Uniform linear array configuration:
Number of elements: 32
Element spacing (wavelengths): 0.75
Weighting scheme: hamming
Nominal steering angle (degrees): -15
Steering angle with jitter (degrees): -13.898
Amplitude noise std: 0.05
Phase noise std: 0.05

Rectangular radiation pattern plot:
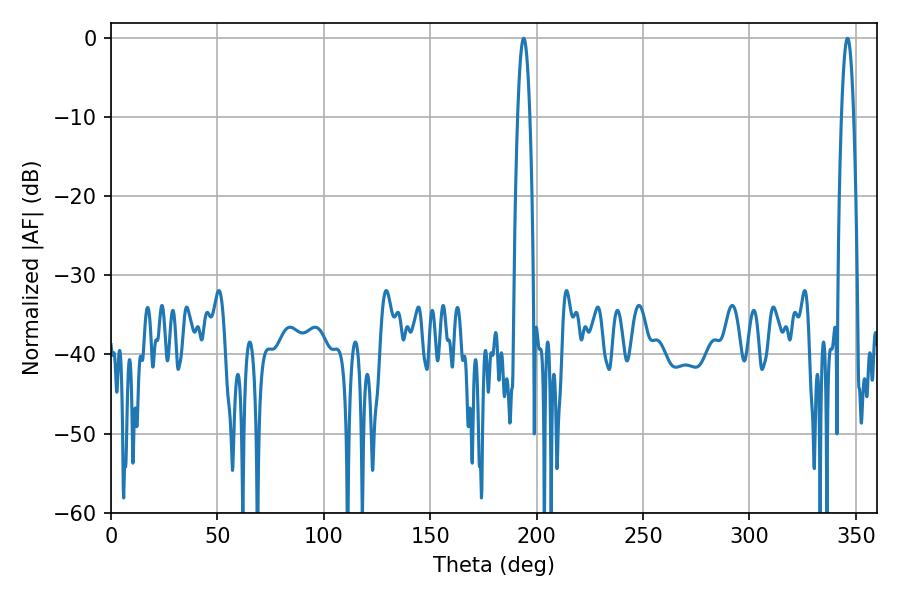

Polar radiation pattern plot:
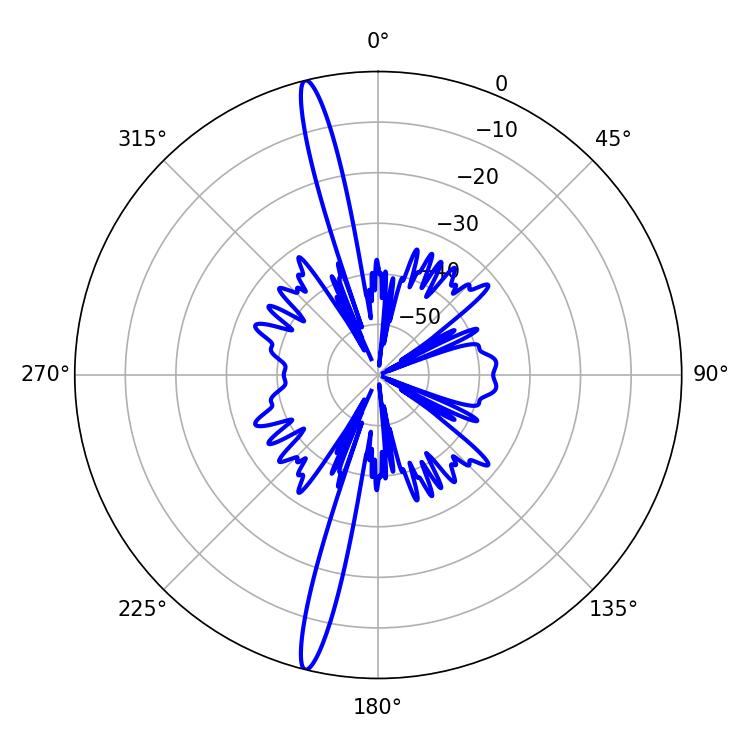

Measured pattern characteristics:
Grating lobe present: TRUE
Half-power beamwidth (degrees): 3.06
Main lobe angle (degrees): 193.86